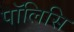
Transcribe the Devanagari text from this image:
पॉलिसि